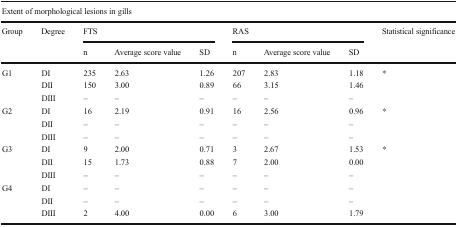
<table><thead><tr><td colspan="9"><b>Extent of morphological lesions in gills</b></td></tr><tr><td rowspan="2"><b>Group</b></td><td rowspan="2"><b>Degree</b></td><td colspan="3"><b>FTS</b></td><td colspan="3"><b>RAS</b></td><td rowspan="2"><b>Statistical significance</b></td></tr><tr><td><b>n</b></td><td><b>Average score value</b></td><td><b>SD</b></td><td><b>n</b></td><td><b>Average score value</b></td><td><b>SD</b></td></tr></thead><tbody><tr><td rowspan="3">G1</td><td>DI</td><td>235</td><td>2.63</td><td>1.26</td><td>207</td><td>2.83</td><td>1.18</td><td>*</td></tr><tr><td>DII</td><td>150</td><td>3.00</td><td>0.89</td><td>66</td><td>3.15</td><td>1.46</td><td></td></tr><tr><td>DIII</td><td>–</td><td>–</td><td>–</td><td>–</td><td>–</td><td>–</td><td></td></tr><tr><td rowspan="3">G2</td><td>DI</td><td>16</td><td>2.19</td><td>0.91</td><td>16</td><td>2.56</td><td>0.96</td><td>*</td></tr><tr><td>DII</td><td>–</td><td>–</td><td>–</td><td>–</td><td>–</td><td>–</td><td></td></tr><tr><td>DIII</td><td>–</td><td>–</td><td>–</td><td>–</td><td>–</td><td>–</td><td></td></tr><tr><td rowspan="3">G3</td><td>DI</td><td>9</td><td>2.00</td><td>0.71</td><td>3</td><td>2.67</td><td>1.53</td><td>*</td></tr><tr><td>DII</td><td>15</td><td>1.73</td><td>0.88</td><td>7</td><td>2.00</td><td>0.00</td><td></td></tr><tr><td>DIII</td><td>–</td><td>–</td><td>–</td><td>–</td><td>–</td><td>–</td><td></td></tr><tr><td rowspan="3">G4</td><td>DI</td><td>–</td><td>–</td><td>–</td><td>–</td><td>–</td><td>–</td><td></td></tr><tr><td>DII</td><td>–</td><td>–</td><td>–</td><td>–</td><td>–</td><td>–</td><td></td></tr><tr><td>DIII</td><td>2</td><td>4.00</td><td>0.00</td><td>6</td><td>3.00</td><td>1.79</td><td></td></tr></tbody></table>